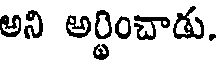
అని అర్థించాడు.